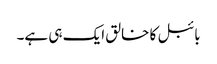
بائبل کا خالق ایک ہی ہے۔